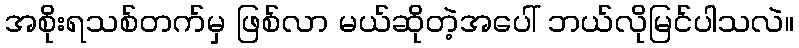
အစိုးရသစ်တက်မှ ဖြစ်လာ မယ်ဆိုတဲ့အပေါ် ဘယ်လိုမြင်ပါသလဲ။